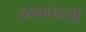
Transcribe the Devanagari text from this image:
उत्तमचंदजी